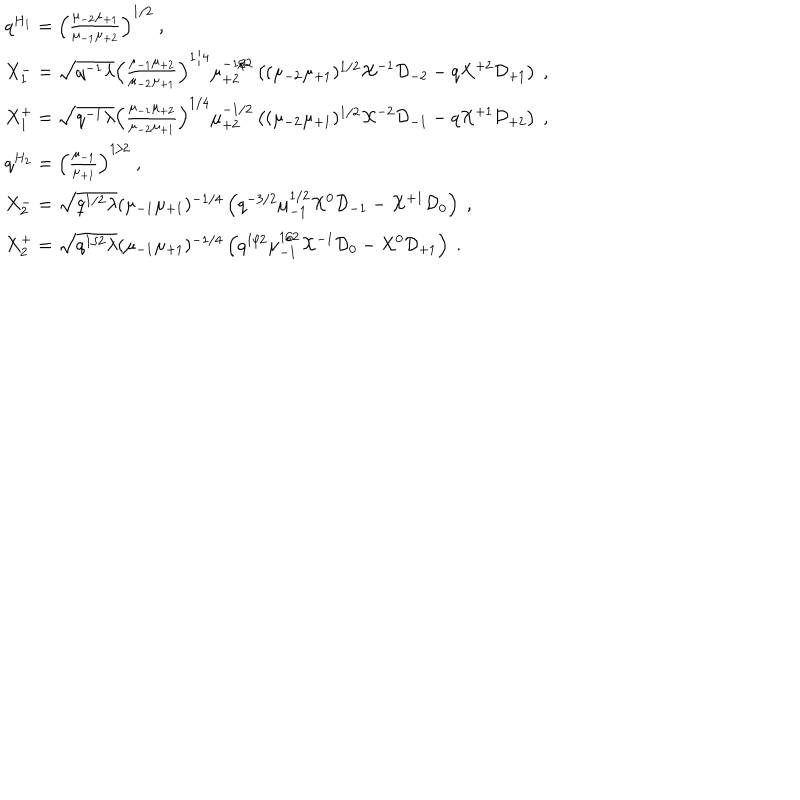
LaTeX: \begin{array} { l } { { q ^ { H _ { 1 } } = \left( \frac { \mu _ { - 2 } \mu _ { + 1 } } { \mu _ { - 1 } \mu _ { + 2 } } \right) ^ { 1 / 2 } ~ , } } \\ { { X _ { 1 } ^ { - } = \sqrt { q ^ { - 1 } \lambda } \left( \frac { \mu _ { - 1 } \mu _ { + 2 } } { \mu _ { - 2 } \mu _ { + 1 } } \right) ^ { 1 / 4 } \mu _ { + 2 } ^ { - 1 / 2 } \left( ( \mu _ { - 2 } \mu _ { + 1 } ) ^ { 1 / 2 } { \cal X } ^ { - 1 } { \cal D } _ { - 2 } - q { \cal X } ^ { + 2 } { \cal D } _ { + 1 } \right) ~ , } } \\ { { X _ { 1 } ^ { + } = \sqrt { q ^ { - 1 } \lambda } \left( \frac { \mu _ { - 1 } \mu _ { + 2 } } { \mu _ { - 2 } \mu _ { + 1 } } \right) ^ { 1 / 4 } \mu _ { + 2 } ^ { - 1 / 2 } \left( ( \mu _ { - 2 } \mu _ { + 1 } ) ^ { 1 / 2 } { \cal X } ^ { - 2 } { \cal D } _ { - 1 } - q { \cal X } ^ { + 1 } { \cal D } _ { + 2 } \right) ~ , } } \\ { { q ^ { H _ { 2 } } = \left( \frac { \mu _ { - 1 } } { \mu _ { + 1 } } \right) ^ { 1 / 2 } ~ , } } \\ { { X _ { 2 } ^ { - } = \sqrt { q ^ { 1 / 2 } \lambda } ( \mu _ { - 1 } \mu _ { + 1 } ) ^ { - 1 / 4 } \left( q ^ { - 3 / 2 } \mu _ { - 1 } ^ { 1 / 2 } { \cal X } ^ { 0 } { \cal D } _ { - 1 } - { \cal X } ^ { + 1 } { \cal D } _ { 0 } \right) ~ , } } \\ { { X _ { 2 } ^ { + } = \sqrt { q ^ { 1 / 2 } \lambda } ( \mu _ { - 1 } \mu _ { + 1 } ) ^ { - 1 / 4 } \left( q ^ { 1 / 2 } \mu _ { - 1 } ^ { 1 / 2 } { \cal X } ^ { - 1 } { \cal D } _ { 0 } - { \cal X } ^ { 0 } { \cal D } _ { + 1 } \right) ~ . } } \\ \end{array}